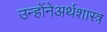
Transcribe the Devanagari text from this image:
उन्होंनेअर्थशास्त्र